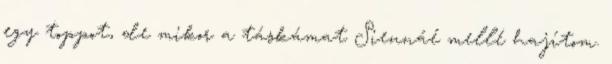
egy toppot, de mikor a táskámat Siennáé mellé hajítom.